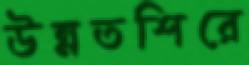
উন্নতশিরে